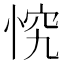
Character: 𭝄